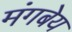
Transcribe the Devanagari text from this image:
मंगबेय